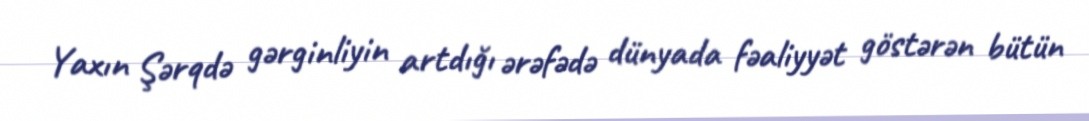
Yaxın Şərqdə gərginliyin artdığı ərəfədə dünyada fəaliyyət göstərən bütün